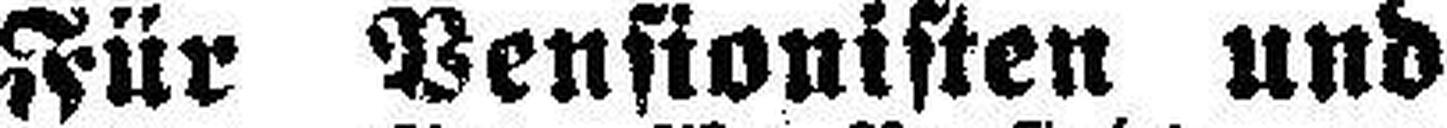
Für Pensionisten und